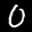
Label: 0